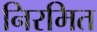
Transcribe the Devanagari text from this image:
निरमित